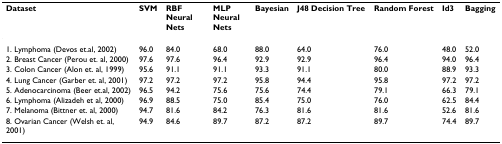
| Dataset | SVM | RBF Neural Nets | MLP Neural Nets | Bayesian | J48 Decision Tree | Random Forest | Id3 | Bagging |
 | --- | --- | --- | --- | --- | --- | --- | --- | --- |
 | 1. Lymphoma (Devos et.al, 2002) | 96.0 | 84.0 | 68.0 | 88.0 | 64.0 | 76.0 | 48.0 | 52.0 |
 | 2. Breast Cancer (Perou et. al, 2000) | 97.6 | 97.6 | 96.4 | 92.9 | 92.9 | 96.4 | 94.0 | 96.4 |
 | 3. Colon Cancer (Alon et. al, 1999) | 95.6 | 91.1 | 91.1 | 93.3 | 91.1 | 80.0 | 88.9 | 93.3 |
 | 4. Lung Cancer (Garber et. al, 2001) | 97.2 | 97.2 | 97.2 | 95.8 | 94.4 | 95.8 | 97.2 | 97.2 |
 | 5. Adenocarcinoma (Beer et.al, 2002) | 96.5 | 94.2 | 75.6 | 75.6 | 74.4 | 79.1 | 66.3 | 79.1 |
 | 6. Lymphoma (Alizadeh et al, 2000) | 96.9 | 88.5 | 75.0 | 85.4 | 75.0 | 76.0 | 62.5 | 84.4 |
 | 7. Melanoma (Bittner et. al, 2000) | 94.7 | 81.6 | 84.2 | 76.3 | 81.6 | 81.6 | 52.6 | 81.6 |
 | 8. Ovarian Cancer (Welsh et. al, 2001) | 94.9 | 84.6 | 89.7 | 87.2 | 87.2 | 89.7 | 74.4 | 89.7 |